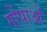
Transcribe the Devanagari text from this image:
गोंपाओं